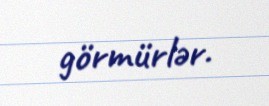
görmürlər.